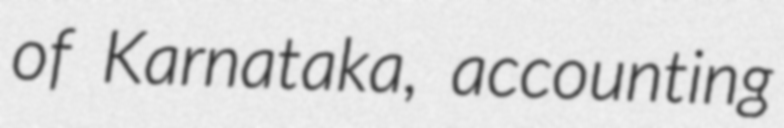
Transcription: of Karnataka, accounting